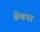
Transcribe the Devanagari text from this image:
बेमना